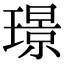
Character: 璟